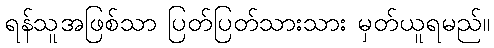
ရန်သူအဖြစ်သာ ပြတ်ပြတ်သားသား မှတ်ယူရမည်။